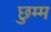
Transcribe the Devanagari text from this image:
छुम्म